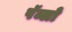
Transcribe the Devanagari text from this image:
पॅब्लो